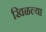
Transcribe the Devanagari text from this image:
खिळल्या